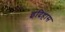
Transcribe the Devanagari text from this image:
इदिहास